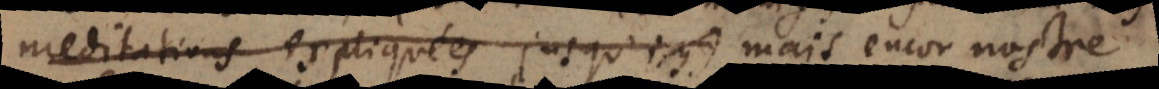
meditations expliquées jusqu’icy) mais encor nost